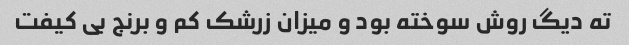
ته دیگ روش سوخته بود و میزان زرشک کم و برنج بی کیفت